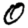
Digit: 0